Elephants and their diseases
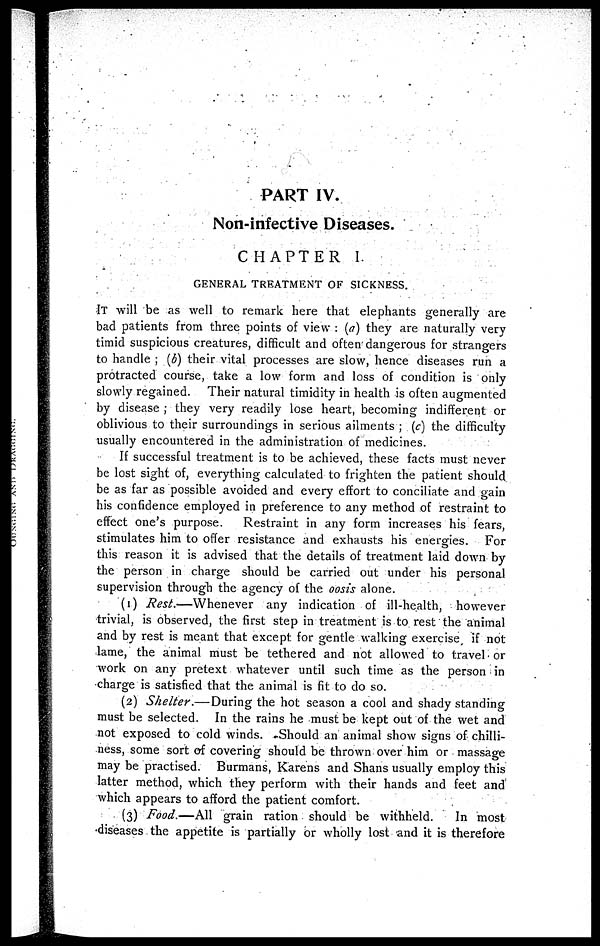
PART IV.
Non-infective Diseases.
CHAPTER I.
GENERAL TREATMENT OF SICKNESS.
IT will be as well to remark here that elephants generally are
bad patients from three points of view : (a) they are naturally very
timid suspicious creatures, difficult and often dangerous for strangers
to handle ; (b) their vital processes are slow, hence diseases run a
protracted course, take a low form and loss of condition is only
slowly regained. Their natural timidity in health is often augmented
by disease ; they very readily lose heart, becoming indifferent or
oblivious to their surroundings in serious ailments ; (c) the difficulty
usually encountered in the administration of medicines.
If successful treatment is to be achieved, these facts must never
be lost sight of, everything calculated to frighten the patient should
be as far as possible avoided and every effort to conciliate and gain
his confidence employed in preference to any method of restraint to
effect one's purpose.
Restraint in any form increases his fears,
stimulates him to offer resistance and exhausts his energies. For
this reason it is advised that the details of treatment laid down by
the person in charge should be carried out under his personal
supervision through the agency of the oosis alone.
(1) Rest.—Whenever
any indication of ill-health, however
trivial, is observed, the first step in treatment is to rest the animal
and by rest is meant that except for gentle walking exercise if not
lame, the animal must be tethered and not allowed to travel or
work on any pretext whatever until such time as the person in
charge is satisfied that the animal is fit to do so.
(2) Shelter.—During
the hot season a cool and shady standing
must be selected. In the rains he must be kept out of the wet and
not exposed to cold winds. Should an animal show signs of chilli-
ness, some sort of covering should be thrown over him or massage
may be practised. Burmans, Karens and Shans usually employ this
latter method, which they perform with their hands and feet and
which appears to afford the patient comfort.
(3) Food.—All grain ration should be withheld.
In most
diseases the appetite is partially or wholly lost and it is therefore